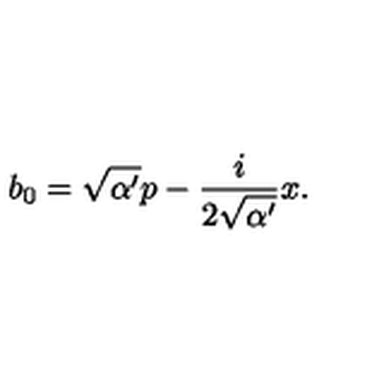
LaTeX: b _ { 0 } = \sqrt { \alpha ^ { \prime } } p - \frac { i } { 2 \sqrt { \alpha ^ { \prime } } } x .